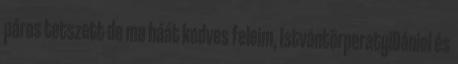
páros tetszett de ma háát kedves feleim, IstvántörperatyiDániel és